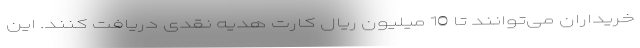
خریداران می‌توانند تا 10 میلیون ریال کارت هدیه نقدی دریافت کنند. این